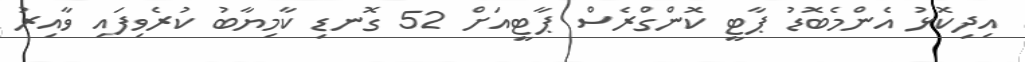
އިދިކޮޅު އެންމެބޮޑު ޕާޓީ ކޮންގްރެސް ޕާޓީއަށް 52 ގޮނޑި ކާމިޔާބު ކުރެވިފައި ވާއިރު